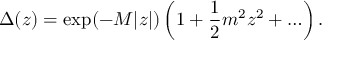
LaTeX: \Delta ( z ) = \exp ( - M | z | ) \left( 1 + { \frac { 1 } { 2 } } m ^ { 2 } z ^ { 2 } + \ldots \right) .